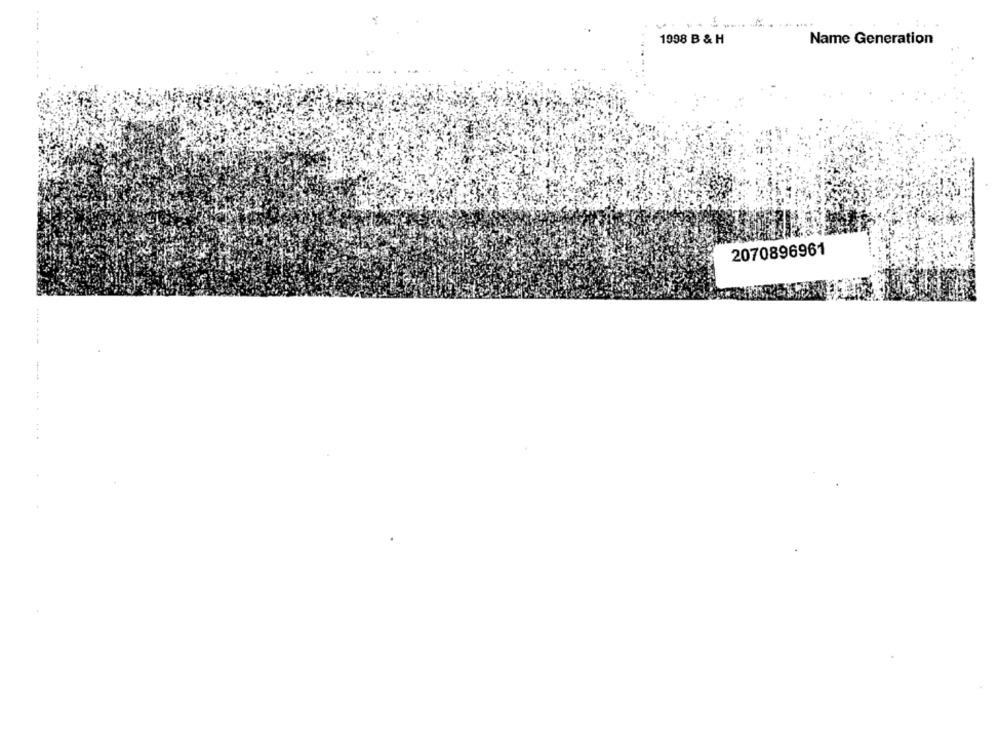
1998 B & H
Name Generation
2070896961